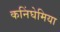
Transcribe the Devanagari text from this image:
कनिंघेमिया